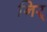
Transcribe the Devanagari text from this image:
निर्